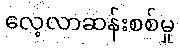
လေ့လာဆန်းစစ်မှု